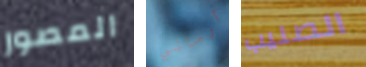
المصور أرماني الصليب